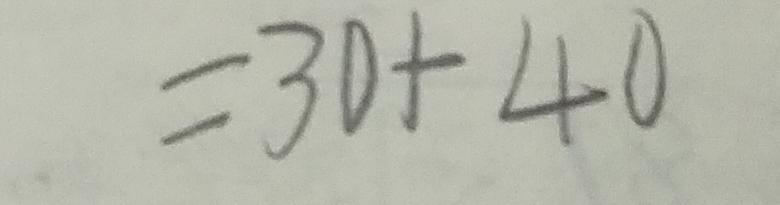
= 3 0 + 4 0